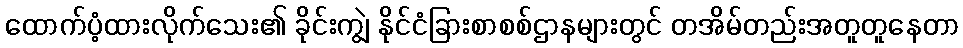
ထောက်ပံ့ထားလိုက်သေး၏ ခိုင်းကျွဲ နိုင်ငံခြားစာစစ်ဌာနများတွင် တအိမ်တည်းအတူတူနေတာ